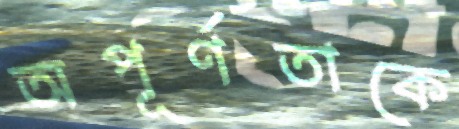
অপূর্ণতাকে